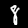
Label: 8